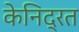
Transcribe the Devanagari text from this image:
केनिद्रत